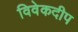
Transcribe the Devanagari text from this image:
विवेकदीप